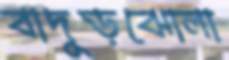
বাদুড়ঝোলা